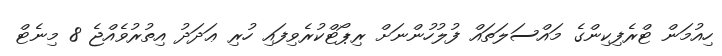
ހިއުމަން ޓްރެފިކިންގެ މައްސަލަތައް ފުލުހުންނަށް ރިޕޯޓްކުރެވިފައި ހުރި ޢަދަދު އިތުރުވެއްޖެ 8 މިނެޓް